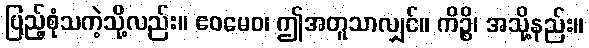
ပြည့်စုံသကဲ့သို့လည်း။ ဧဝမေဝ၊ ဤအတူသာလျှင်။ ကိဉ္စိ၊ အသို့နည်း။